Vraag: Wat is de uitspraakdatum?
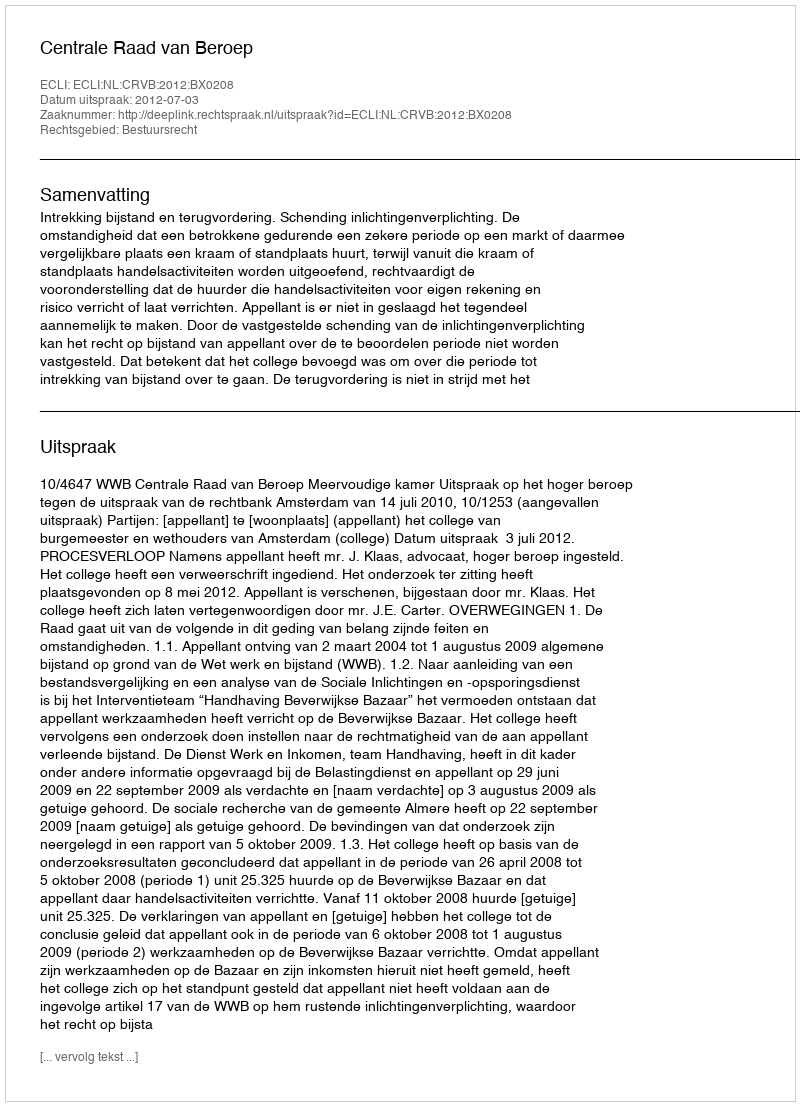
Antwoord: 2012-07-03